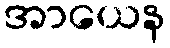
အာယေန